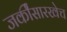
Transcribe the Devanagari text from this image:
जर्कीसारखेच